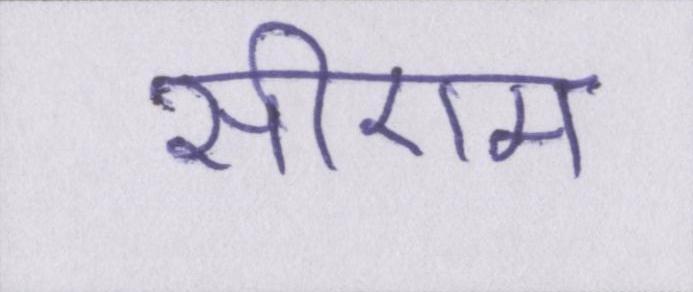
सीएम